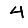
Digit: 4